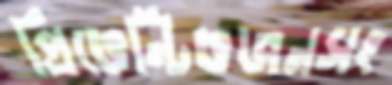
প্রিভেন্টিভজনসং